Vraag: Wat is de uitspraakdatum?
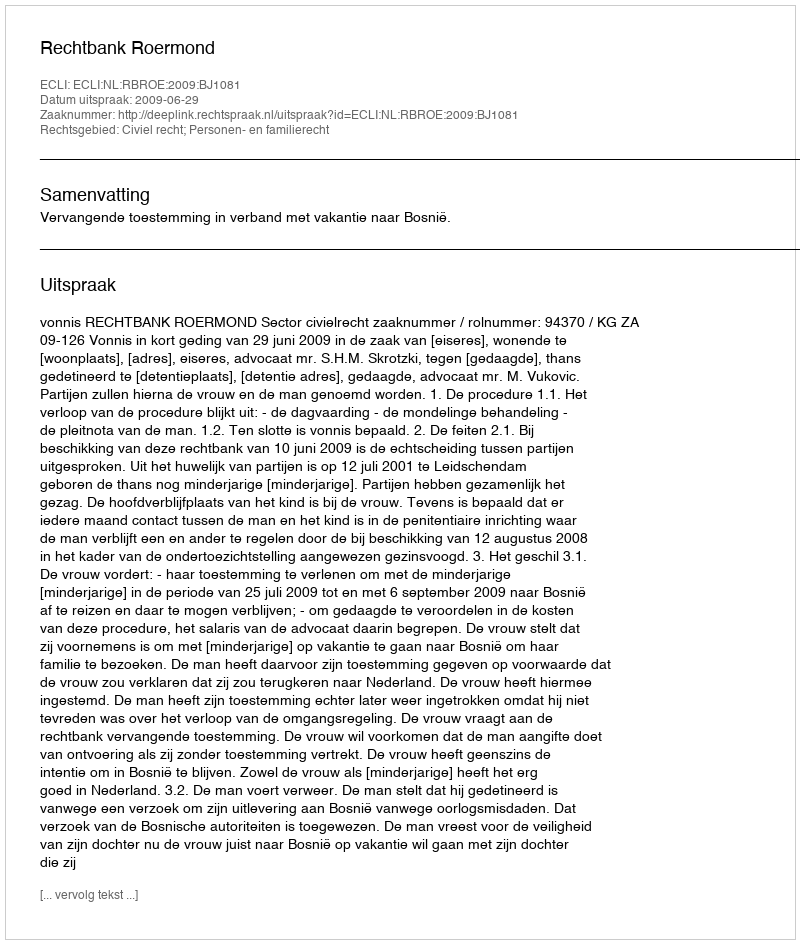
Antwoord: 2009-06-29